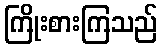
ကြိုးစားကြသည်